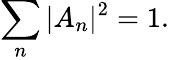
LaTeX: \displaystyle\sum_{n}|A_{n}|^{2}=1.